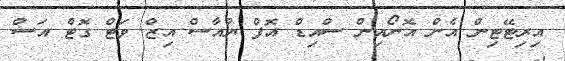
އިރިޓޭޓިން އެން އޮނޯއިން ސްއިޑް އޮފް ޔުއާސް އިޒް ވަޓް ގޮޓް އަސް